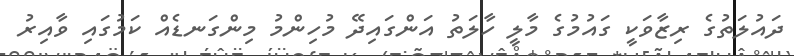
ދައުލަތުގެ ރިޒާވަކީ ގައުމުގެ މާލީ ހާލަތު އަންގައިދޭ މުހިންމު މިންގަނޑެއް ކަމުގައި ވާއިރު